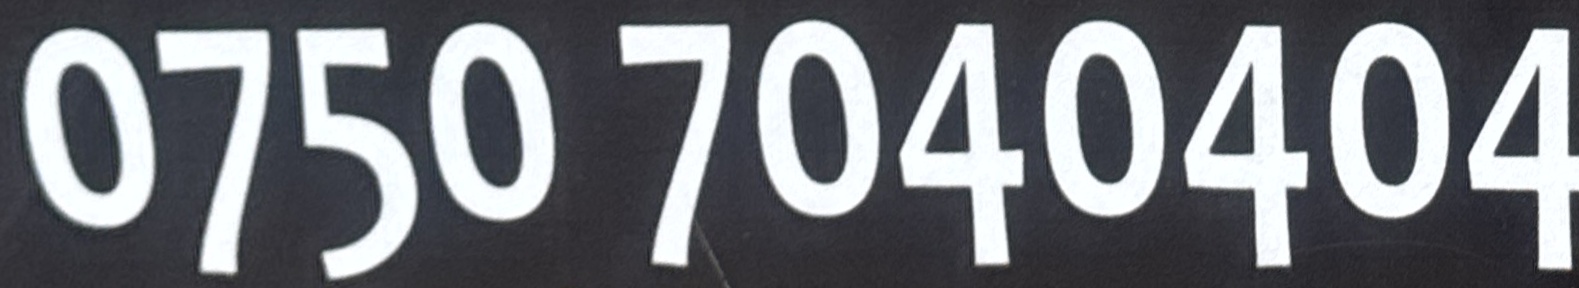
0750 7040404